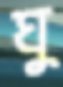
ঘু